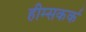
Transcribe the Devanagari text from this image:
हीम्सकर्क